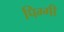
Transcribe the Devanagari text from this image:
पिग्गी